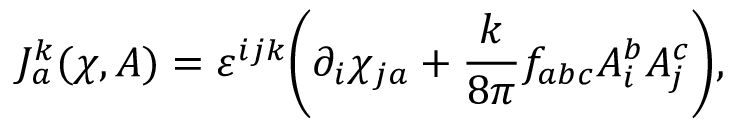
J _ { a } ^ { k } ( \chi , A ) = \varepsilon ^ { i j k } \bigg ( \partial _ { i } \chi _ { j a } + { \frac { k } { 8 \pi } } f _ { a b c } A _ { i } ^ { b } A _ { j } ^ { c } \bigg ) ,